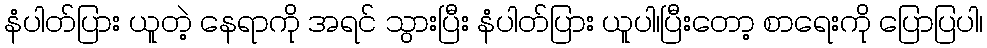
နံပါတ်ပြား ယူတဲ့ နေရာကို အရင် သွားပြီး နံပါတ်ပြား ယူပါ၊ပြီးတော့ စာရေးကို ပြောပြပါ၊